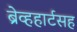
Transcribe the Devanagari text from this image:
ब्रेव्हहार्टसह